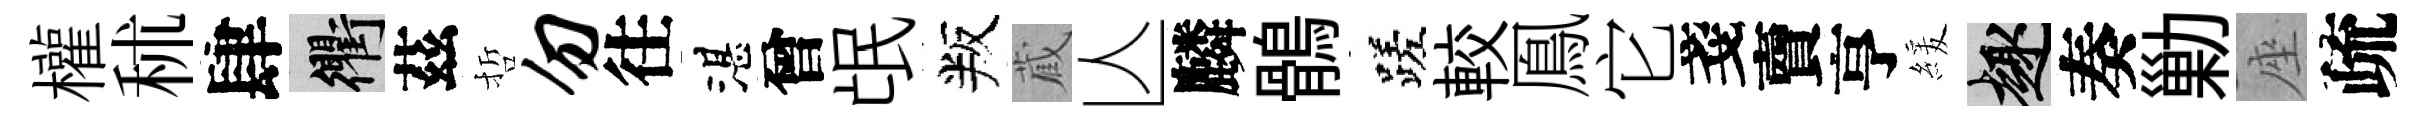
權秫肆衢茲哲勿往湛曾氓叛蔵亾麟鶻蹉較鳯它戔𧶠亨緩趣奏勦座疏